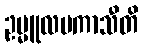
ဥမ္မူလမကာသီတိ